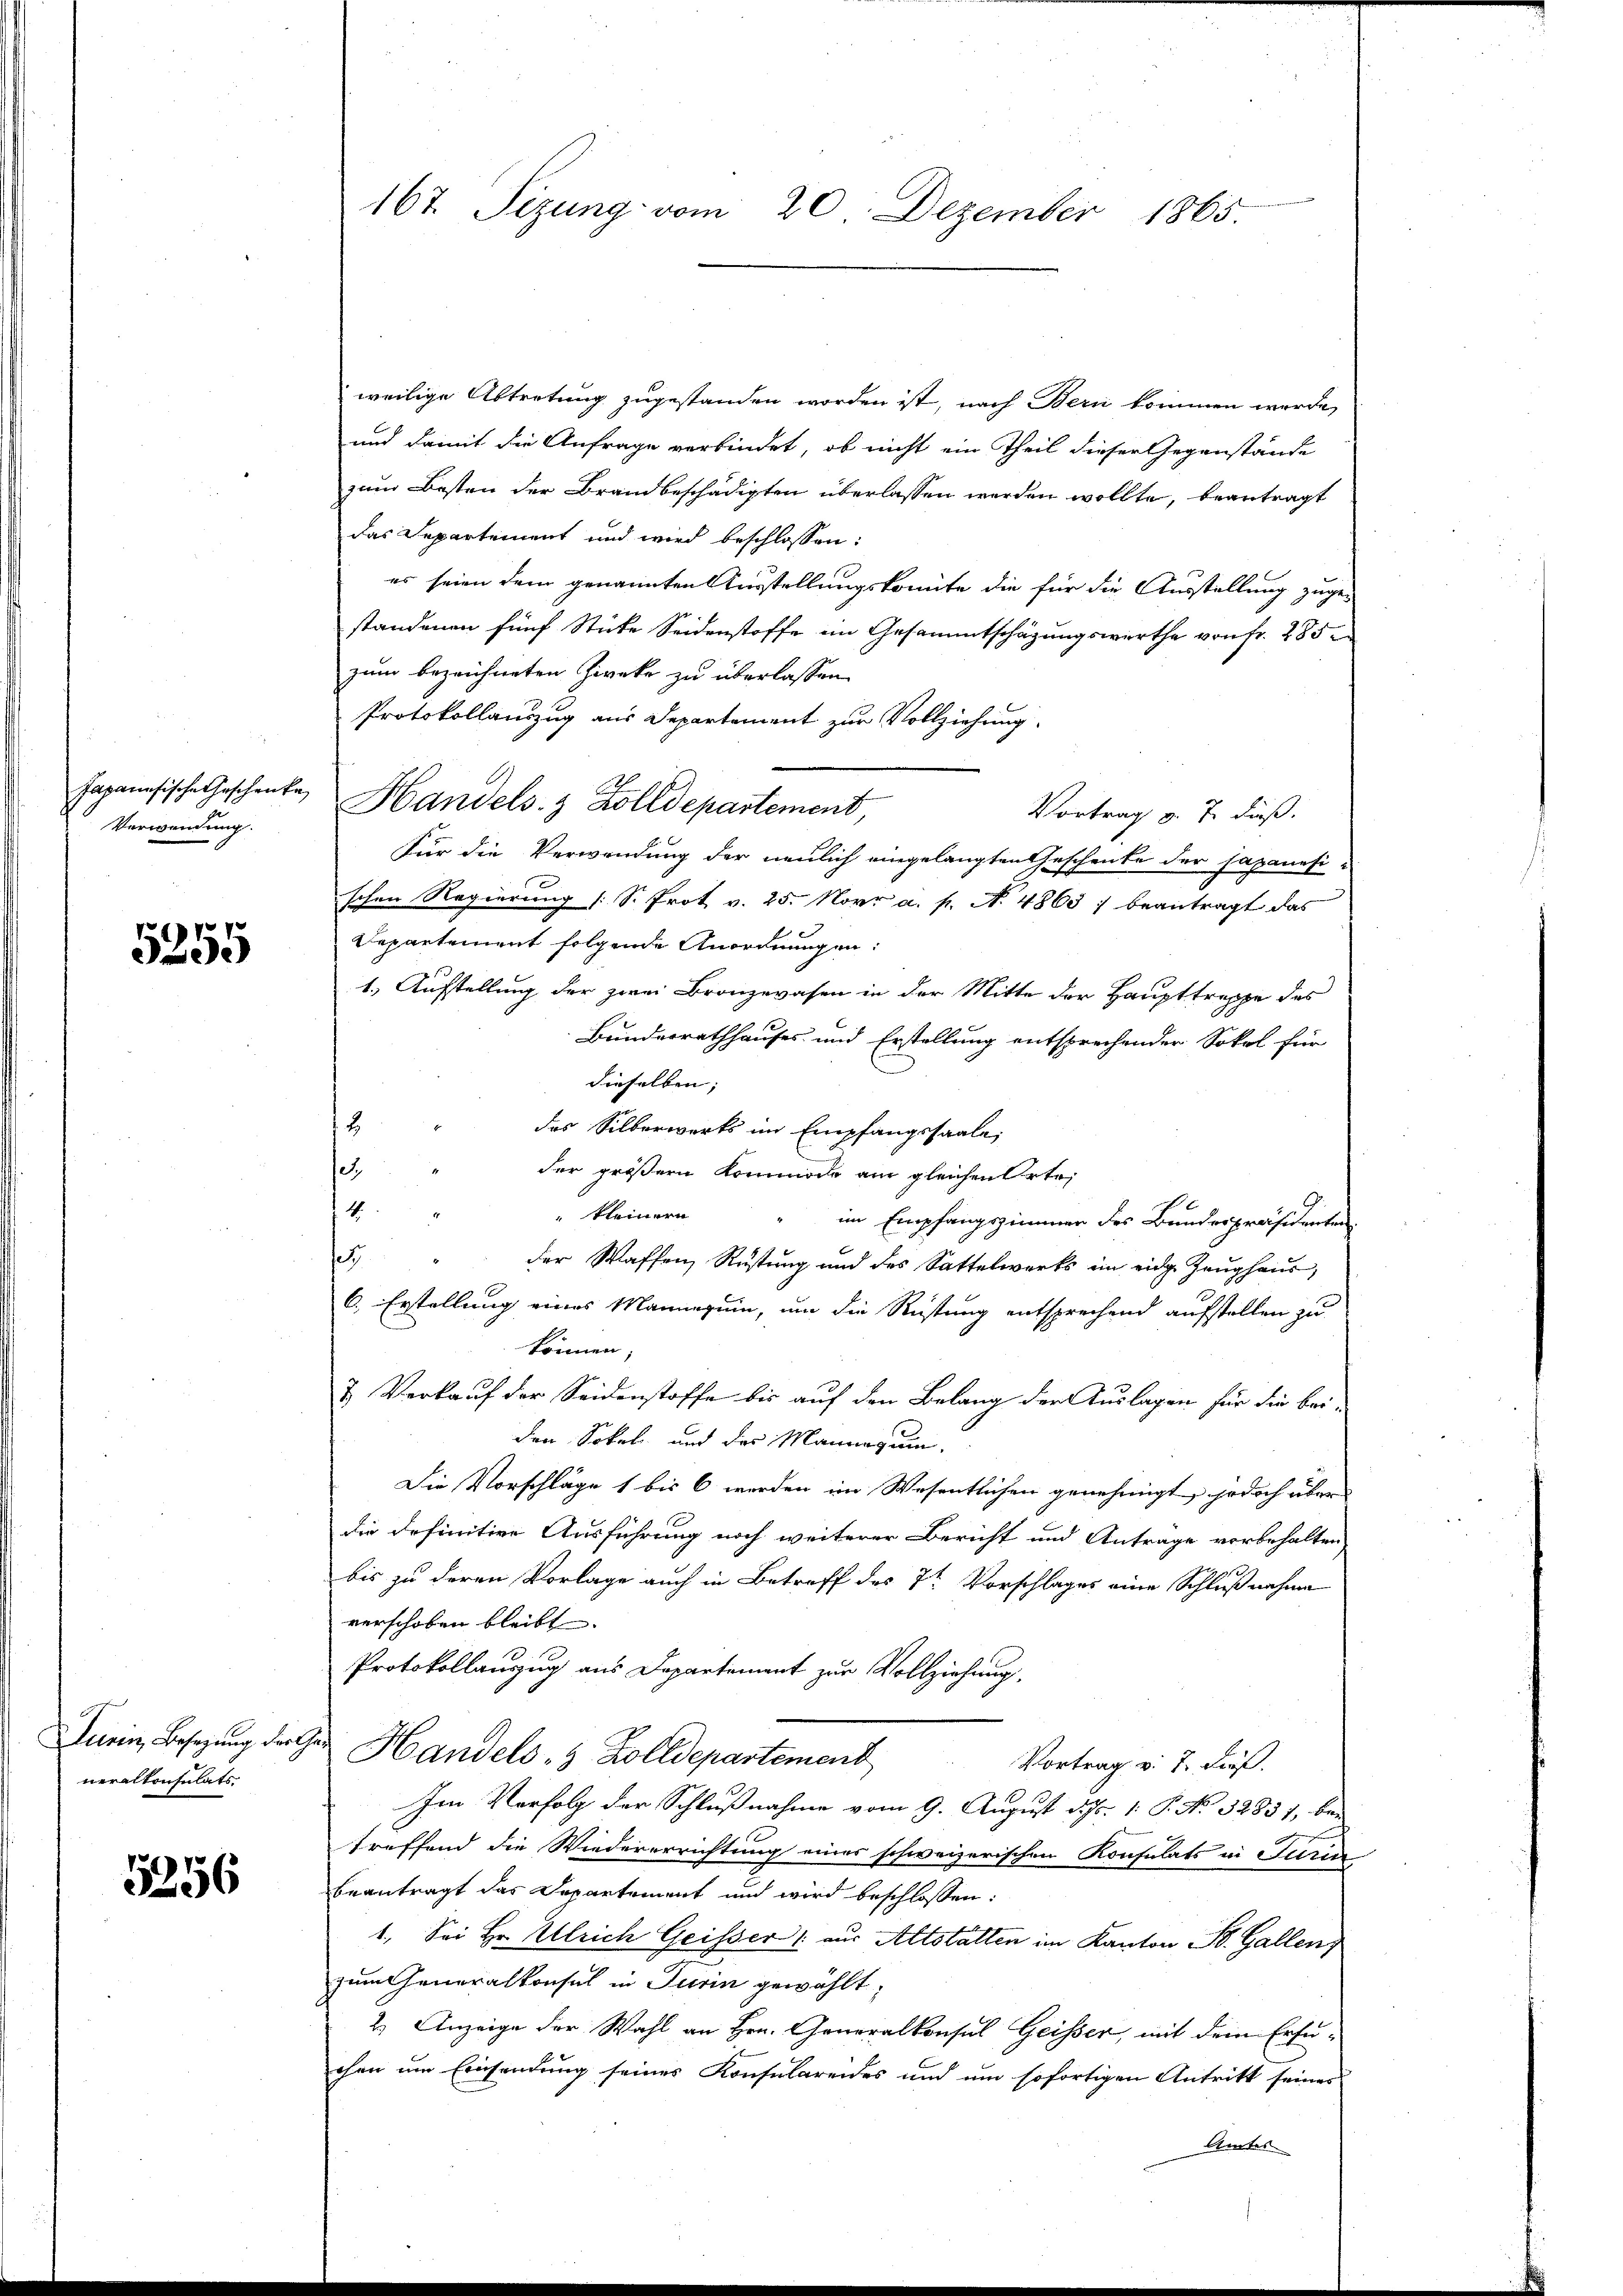
Japanisische Geschenke
Verwendung.

5255

urin, Besetzung der
neralkonsulats.

5256

167. Sizung vom 20. Dezember 1865.

weilige Abtretung zugestanden worden ist, nach Bern kommen werde,
und damit die Anfrage verbindet, ob nicht ein Theil dieser Gegenstände
zum Besten der Brandbeschädigten überlassen werden wollte, beantragt
das Departement und wird beschlossen:
es seien dem genannten Ausstellungskomite die für die Ausstellung zuge-
standenen fünf Stute Seidenstoffe im Gesammtschätzungswerthe von fr. 285
zum bezeichneten Zwecke zu überlassen.
Protokollauszug aus Departement zur Vollziehung.
Handels- & Zolldepartement
Vortrag v. J. dieß.
Für die Verwendung der neulich eingelangten Geschenke der Japanesi-
schen Regierung (: S. Prot v. 25. Nov. a. p. N. 48637 beantragt das
Departement folgende Anordnungen:
1.) Aufstellung der zwei Bronzerasen in der Mitte der Haupttreppe des
Bundesrathhauses und Erstellung entsprechender Sokal für
dieselben; |
12.
das Silberwerks im Empfangssaale,
e
der größern Kommode am gleichen Orte,
4
 kleinern
im Empfangszimmer des Bundespräsidenten
e
der Waffen, Rüstung und des Sattelwerks im eidge Zeughaus,
6. Erstellung eines Manneguin, um die Rüstung entsprechend aufstellen zu
können,
& Verkauf der Seidenstoffe bis auf den Belang der Auslagen für die bei-
den Sokel und der Mannesum,
Die Vorschläge 1 bis 6 werden im Wesentlichen genehmigt, jedoch über
die definitive Ausführung noch weiterer Bericht und Anträge vorbehalten,
bis zu deren Vorlage auch in Betreff des 7 Vorschlages eine Schlußnahme
verschoben bleibt. |
Protokollauszug aus Departement zur Vollziehung
z Handels- & Zolldepartement Vortrag v. 7. dieß.
Im Verfolg der Schlußnahme vom 9. August d. Js. 1. P. No. 32837, be-
treffend die Wiedererrichtung eines schweizerischen Konsulats in Serin
beantragt das Departement und wird beschlossen:
1. Sei Hr. Ulrich Geisser aus Altstatten im Kanton B. Gallen
zum Generalkonsul in Turin gewählt:
2) Anzeige der Wahl an Hrn. Generalkonsul Geisser, mit dem Ersuchen um Einsendung seines Konsularendes und um sofortigen Antritt seines
Amtes